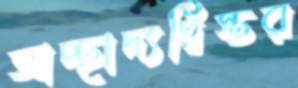
আচ্ছাদ্যদ্বিস্তর